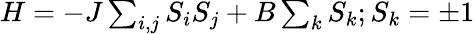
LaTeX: \begin{array}{r}{H=-J\sum_{i,j}S_{i}S_{j}+B\sum_{k}S_{k};S_{k}=\pm 1}\end{array}